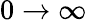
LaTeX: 0\rightarrow\infty